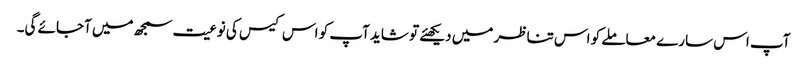
آپ اس سارے معاملے کو اس تناظر میں دیکھئے تو شاید آپ کو اس کیس کی نوعیت سمجھ میں آجائے گی۔